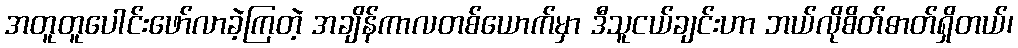
အတူတူပေါင်းဖော်လာခဲ့ကြတဲ့ အချိန်ကာလတစ်ယောက်မှာ ဒီသူငယ်ချင်းဟာ ဘယ်လိုစိတ်ဓာတ်ရှိတယ်၊